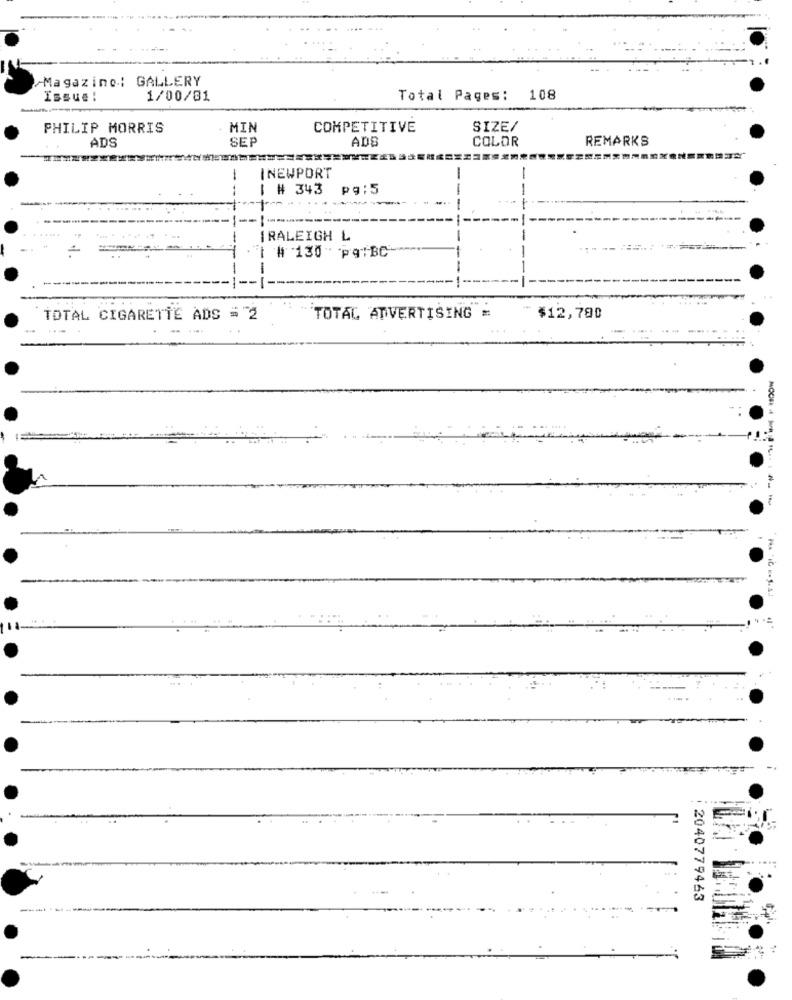
-Magazine: GALLERY
Issue :
1/00/81
Total Pages: 108
PHILIP MORRIS
MIN
COMPETITIVE
SIZE/
ADS
SEP
ADE
COLOR
REMARKS
-
INEWPORT
-
1 # 343
pg:5
IRALEIGH L
1 # 130 Pq:BC-
...
TOTAL CIGARETTE ADS = "2
TOTAL ADVERTISING =
$12,780
2040779463